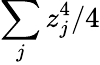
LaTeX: \sum_{j}z_{j}^{4}/4